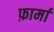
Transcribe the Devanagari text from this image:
फ़ार्मा